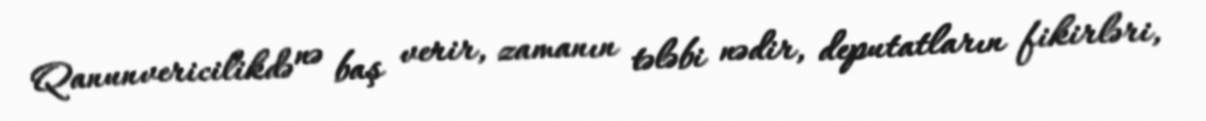
Qanunvericilikdə nə baş verir, zamanın tələbi nədir, deputatların fikirləri,